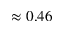
\approx 0 . 4 6